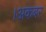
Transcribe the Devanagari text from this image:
।अकबर